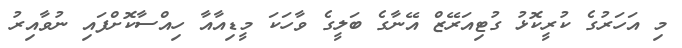
މި އަހަރުގެ ކުރީކޮޅު ގުޓިއަރޭޒް އޭނާގެ ބަލީގެ ވާހަކަ މީޑިއާއާ ހިއްސާކޮށްފައި ނުވާއިރު